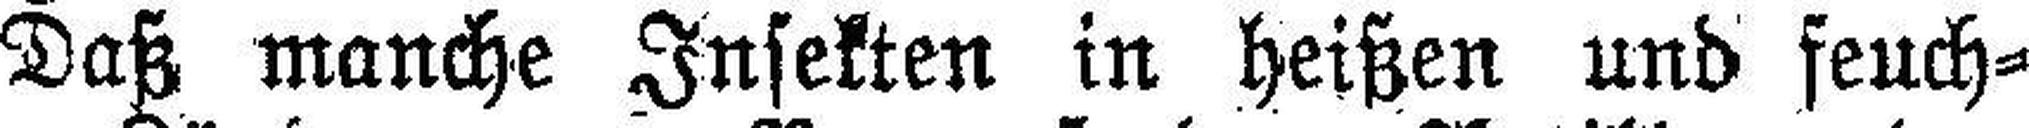
Daß manche Insekten in heißen und feuch¬